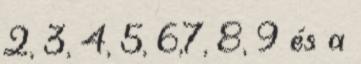
2, 3, 4, 5, 6,7, 8, 9 és a